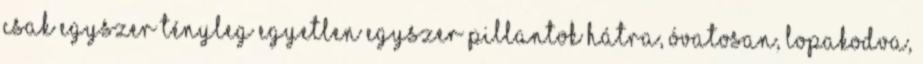
Csak egyszer tényleg egyetlen egyszer pillantok hátra, óvatosan, lopakodva,